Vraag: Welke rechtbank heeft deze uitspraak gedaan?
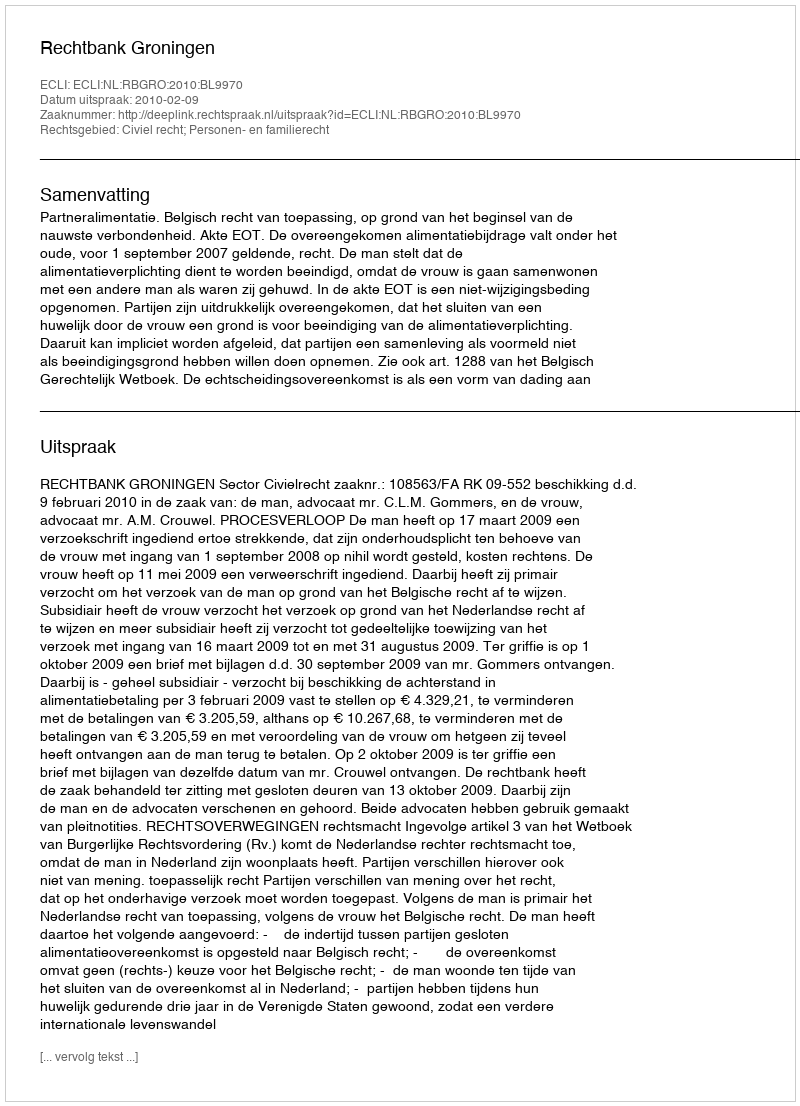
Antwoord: Rechtbank Groningen